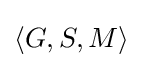
\left\langle G,S,M\right\rangle